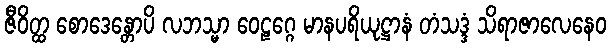
ဇီဝိတ္ထ စောဒေန္တောပိ လဘသ္မာ ဝေဠဂ္ဂေ မာနပရိယုဋ္ဌာနံ တံသဒ္ဒံ သိရာဇာလေနေဝ